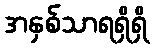
အနှစ်သာရရှိရှိ